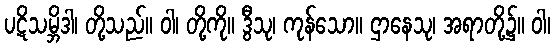
ပဋိသမ္ဘိဒါ၊ တို့သည်။ ဝါ၊ တို့ကို။ ဒွီသု၊ ကုန်သော။ ဌာနေသု၊ အရာတို့၌။ ဝါ၊